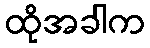
ထိုအခါက